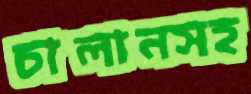
চালানসহ